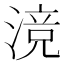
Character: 𬈣